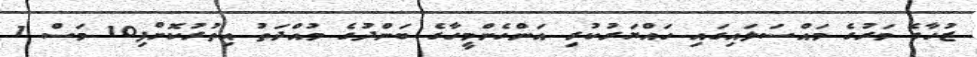
ޒުހާގެ މަރުގެ މައްސަލައިގައި ހައްޔަރުކުރި އަންހެންމީހާގެ ބަންދުގެ މުއްދަތު އިތުރުކޮށްފި10 މަސް 1